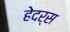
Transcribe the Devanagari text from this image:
हेदर्स